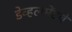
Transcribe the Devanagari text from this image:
डेव्हलमेंटचे